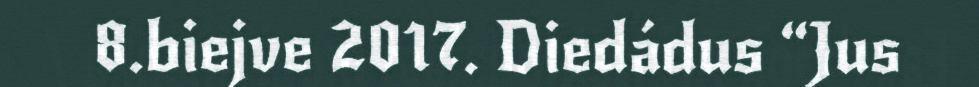
8.biejve 2017. Diedádus “Jus